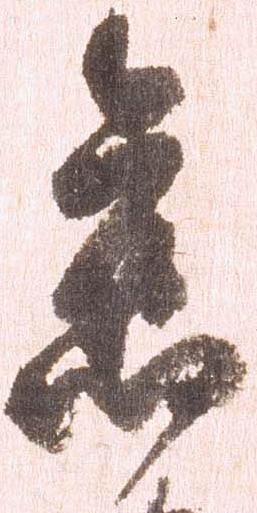
旧